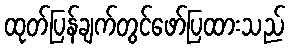
ထုတ်ပြန်ချက်တွင်ဖော်ပြထားသည်